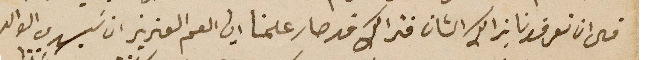
قال ان تعرفونا بذالك الشان فذالك قد صار علمنا ايها العم العزيز ان سيدي الوالد